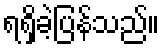
ရရှိခဲ့ပြန်သည်။